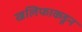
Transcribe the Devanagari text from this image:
खलिफाकडून